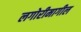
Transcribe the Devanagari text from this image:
लगोरीमागील